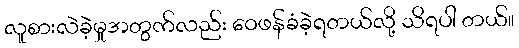
လူစားလဲခဲ့မှုအတွက်လည်း ဝေဖန်ခံခဲ့ရတယ်လို့ သိရပါ တယ်။